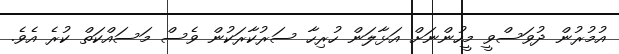
އުމުރުން ދުވަސްވީ މީހުންނަށް އަޅާލަން ހުރިހާ ސަރުކާރަކުން ވެސް މަސައްކަތް ކުރެ އެވެ.